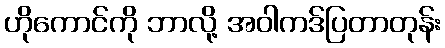
ဟိုကောင်ကို ဘာလို့ အဝါကဒ်ပြတာတုန်း